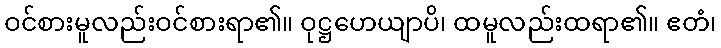
ဝင်စားမူလည်းဝင်စားရာ၏။ ဝုဋ္ဌဟေယျာပိ၊ ထမူလည်းထရာ၏။ ဧတံ၊